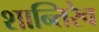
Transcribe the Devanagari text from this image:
शान्तिरेव